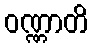
ဝဏ္ဏာတိ